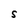
Character: S